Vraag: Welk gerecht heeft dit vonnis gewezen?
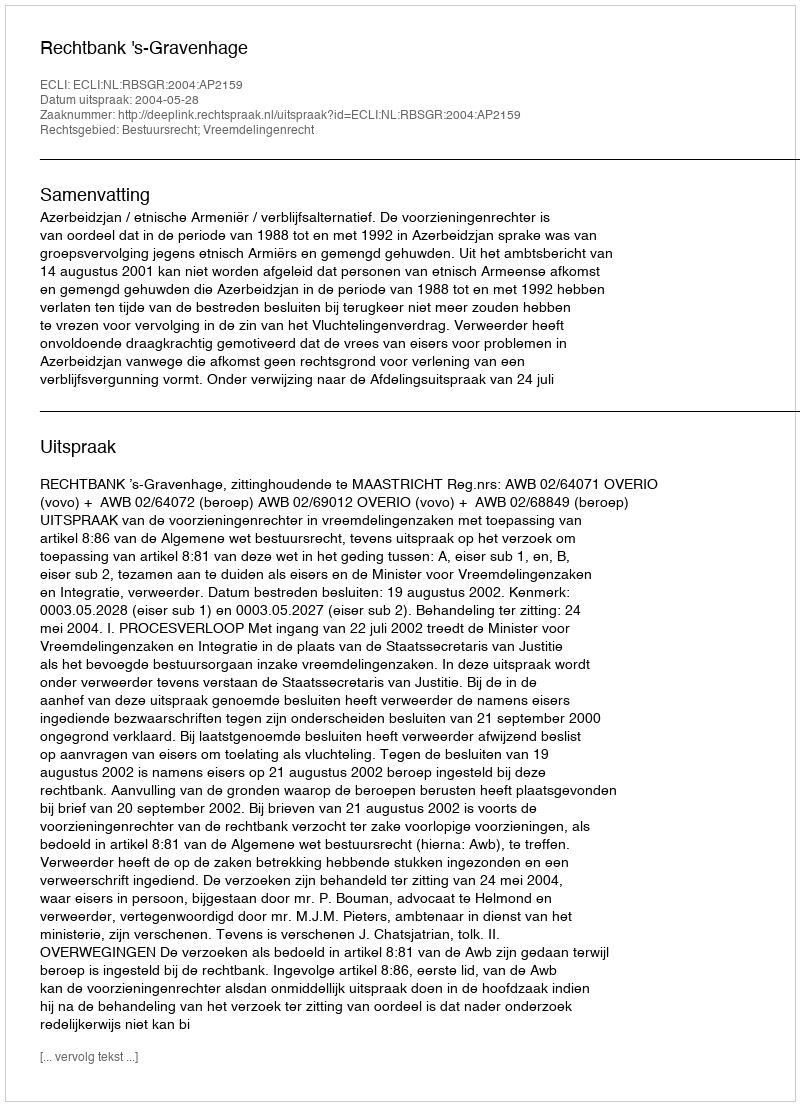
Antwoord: Rechtbank 's-Gravenhage